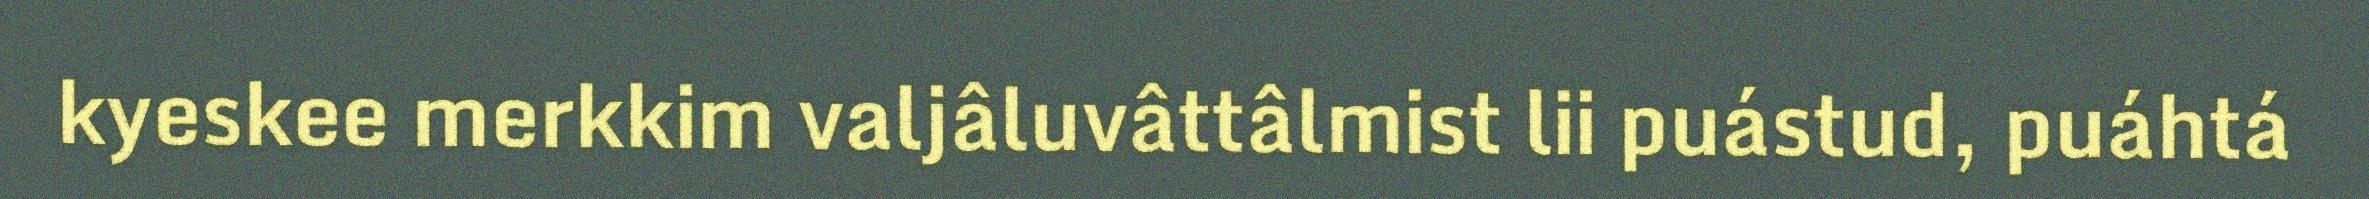
kyeskee merkkim valjâluvâttâlmist lii puástud, puáhtá